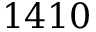
1 4 1 0